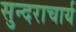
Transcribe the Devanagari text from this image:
सुन्दराचार्य